Annual report of the Imperial Bacteriologist
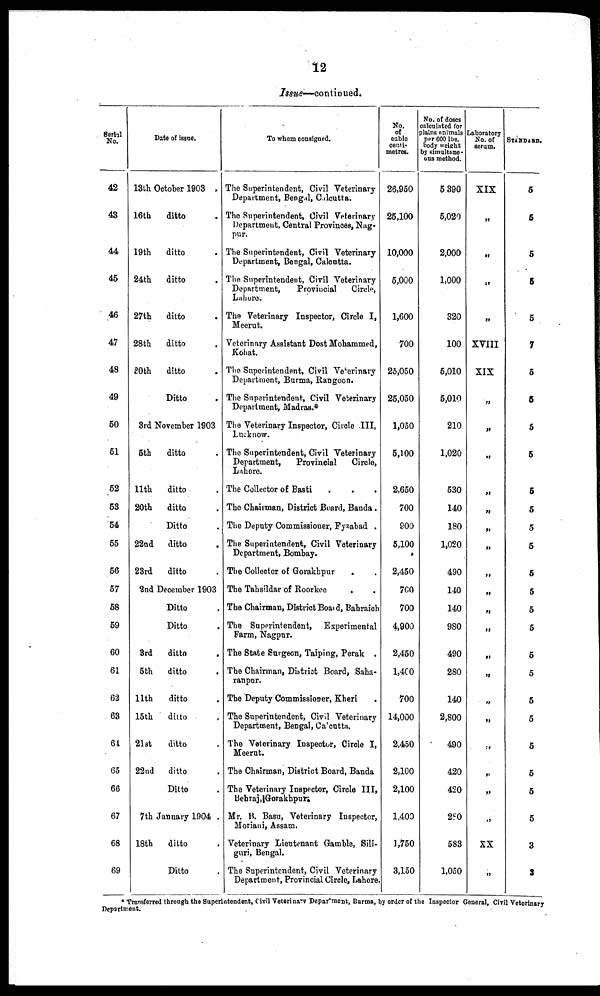
12
Issue— continued.
Serial
No.
42
43
44
45
46
47
48
49
50
51
52
53
54
55
56
57
58
59
60
61
62
63
64
65
66
67
68
69
Date of issue.
13th October 1903 .
16th
ditto
19th
ditto
24th
ditto
27th
ditto
28th
ditto
30th
ditto
Ditto
3rd November 1903
5th
ditto
11th
ditto
20th
ditto
Ditto
22nd
ditto
23rd
ditto
2nd December 1903
Ditto
Ditto
3rd
ditto
5th
ditto
.
11th
ditto
l5th
ditto .
21st
ditto .
22nd
ditto .
Ditto .
7th January 1904 .
18th
ditto
Ditto
To whom consigned.
The Superintendent, Civil Veterinary
Department, Bengal, Calcutta.
The Superintendent, Civil Veterinary
Department, Central Provinces, Nag-
pur.
The Superintendent, Civil Veterinary
Department, Bengal, Calcutta.
The Superintendent, Civil Veterinary
Department,
Provincial
Circle,
Lahore.
The Veterinary Inspector, Circle I,
Meerut.
Veterinary Assistant Dost Mohammed,
Kohat.
The Superintendent, Civil Veterinary
Department, Burma, Rangoon.
The Superintendent, Civil Veterinary
Department, Madras.*
The Veterinary Inspector, Circle III,
Lucknow.
The Superintendent, Civil Veterinary
Department,
Provincial
Circle,
Lahore.
The Collector of Basti
The Chairman, District Board, Banda.
The Deputy Commissioner, Fyzabad .
The Superintendent, Civil Veterinary
Department, Bombay.
The Collector of Gorakhpur
The Tahsildar of Roorkee
.
.
The Chairman, District Board, Bahraich
The Superintendent, Experimental
Farm, Nagpur.
The State Surgeon, Taiping, Perak .
The Chairman, District Board, Saha¬
ranpur.
The Deputy Commissioner, Kheri
The Superintendent, Civil Veterinary
Department, Bengal, Calcutta.
The Veterinary Inspector, Circle I,
Meerut.
The Chairman, District Board, Banda
The Veterinary Inspector, Circle III,
Behraj, Gorakhpur.
Mr. B. Basu, Veterinary Inspector,
Moriani, Assam.
Veterinary Lieutenant Gamble, Sili¬
guri, Bengal.
The Superintendent, Civil Veterinary
Department, Provincial Circle, Lahore
No.
of
cubic
centi-
metres.
26,950
25,100
10,000
5,000
1,600
700
25,050
25,050
1,050
5,100
2,650
700
900
5,100
2,450
700
700
4,900
2,450
1,400
700
14,000
2,450
2,100
2,100
1,400
1,750
3,150
No. of doses
calculated for
plains animals
per 600 lbs.
body weight
by simultane-
ous method.
5,390
5,020
2,000
1,000
320
100
5,010
5,010
210
1,020
530
140
180
1,020
490
140
140
980
490
280
140
2,800
490
420
420
280
583
1,050
Laboratory
No. of
serum.
XIX
„
„
„
„
XVIII
XIX
„
„
„
„
„
„
„
„
„
„
„
„
„
„
„
„
„
„
„
XX
„
STANDARD.
5
5
5
5
5
7
5
5
5
5
5
5
5
5
5
5
5
5
5
5
5
5
5
5
5
5
3
3
* Transferred through the Superintendent, Civil Veterinary Department, Burma, by order of the Inspector General, Civil Veterinary
Department.